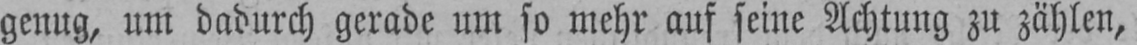
genug, um dadurch gerade um so mehr auf seine Achtung zu zählen,